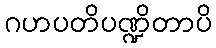
ဂဟပတိပဏ္ဍိတာပိ